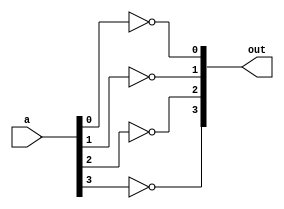
module four_not_a(a, out);

input [3:0]a;
output [3:0]out;

not  zero(out[0], a[0]);
not one(out[1], a[1]);
not two(out[2], a[2]);
not three(out[3], a[3]);

endmodule